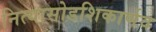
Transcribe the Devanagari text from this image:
नित्यासोडशिकार्णव